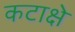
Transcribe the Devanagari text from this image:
कटाक्षे